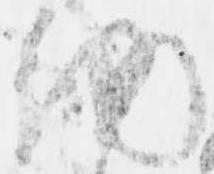
納